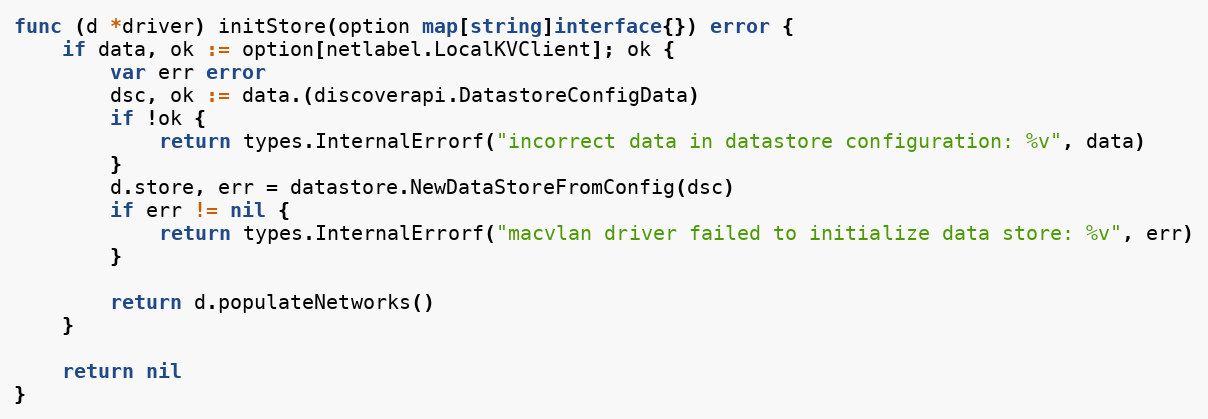
Language: Go
func (d *driver) initStore(option map[string]interface{}) error {
	if data, ok := option[netlabel.LocalKVClient]; ok {
		var err error
		dsc, ok := data.(discoverapi.DatastoreConfigData)
		if !ok {
			return types.InternalErrorf("incorrect data in datastore configuration: %v", data)
		}
		d.store, err = datastore.NewDataStoreFromConfig(dsc)
		if err != nil {
			return types.InternalErrorf("macvlan driver failed to initialize data store: %v", err)
		}

		return d.populateNetworks()
	}

	return nil
}